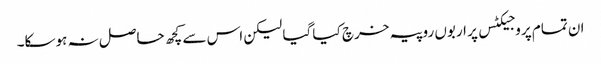
ان تمام پروجیکٹس پر اربوں روپیہ خرچ کیا گیا لیکن اس سے کچھ حاصل نہ ہوسکا۔